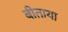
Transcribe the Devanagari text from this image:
बीताया